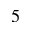
5